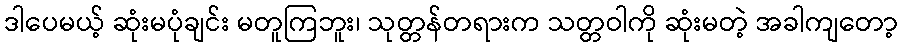
ဒါပေမယ့် ဆုံးမပုံချင်း မတူကြဘူး၊ သုတ္တန်တရားက သတ္တဝါကို ဆုံးမတဲ့ အခါကျတော့